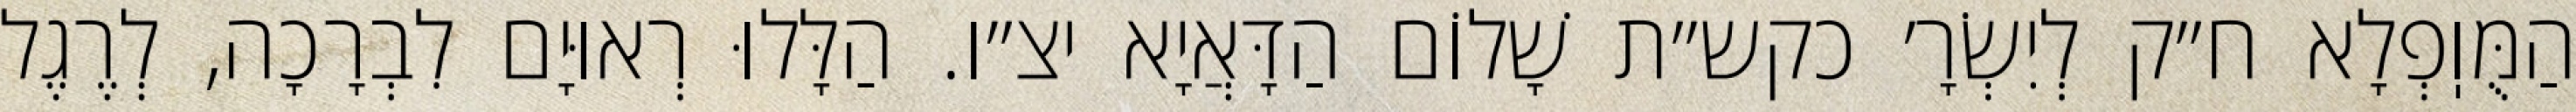
הַמֻּוֽפְלָא ח״ק לְיִשְׂרָ׳ כקש״ת שָׁלוֹם הַדָּאֲיָא יצ״ו. הַלָּלוּ רְאוּיָם לִבְרָכָה, לְרֶגֶל